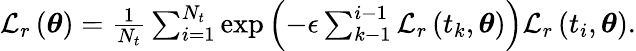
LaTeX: \begin{array}{r}{\mathcal{L}_{r}\left(\boldsymbol{\theta}\right)=\frac{1}{N_{t}}\sum_{i=1}^{N_{t}}\mathrm{exp}\left(-\epsilon\sum_{k-1}^{i-1}\mathcal{L}_{r}\left(t_{k},\boldsymbol{\theta}\right)\right)\mathcal{L}_{r}\left(t_{i},\boldsymbol{\theta}\right).}\end{array}